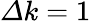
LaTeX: \varDelta k=1